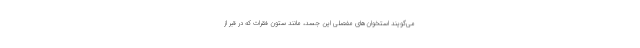
می‌گویند استخوان‌های مفصلی این جسد، مانند ستون فقرات که در قبر از